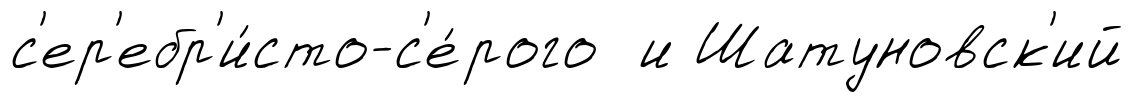
с'ер'ебр'и́сто-с'е́рого и Шатуновск'ий